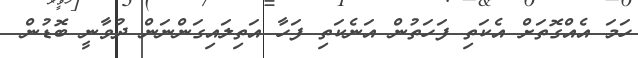
ހަމަ އެއްގޮތަށް އެކަތި ފަހަތުން އަނެކަތި ފަހާ އަތިލައިގަންނަން ދުވާނީ ބޮޑުން